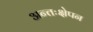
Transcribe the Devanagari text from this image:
अन्तःक्षेपन